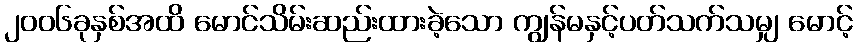
၂၀၀၆ခုနှစ်အထိ မောင်သိမ်းဆည်းထားခဲ့သော ကျွန်မနှင့်ပတ်သက်သမျှ မောင့်